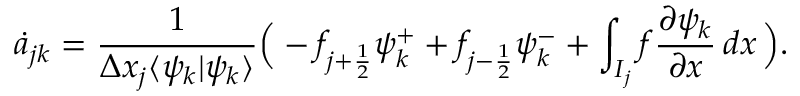
\dot { a } _ { j k } = \frac { 1 } { \Delta x _ { j } \langle \psi _ { k } | \psi _ { k } \rangle } \Big ( - f _ { j + \frac { 1 } { 2 } } \psi _ { k } ^ { + } + f _ { j - \frac { 1 } { 2 } } \psi _ { k } ^ { - } + \int _ { I _ { j } } f \frac { \partial \psi _ { k } } { \partial x } \mathop { d x } \Big ) .